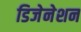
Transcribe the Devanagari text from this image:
डिजेनेशन